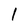
Character: 1